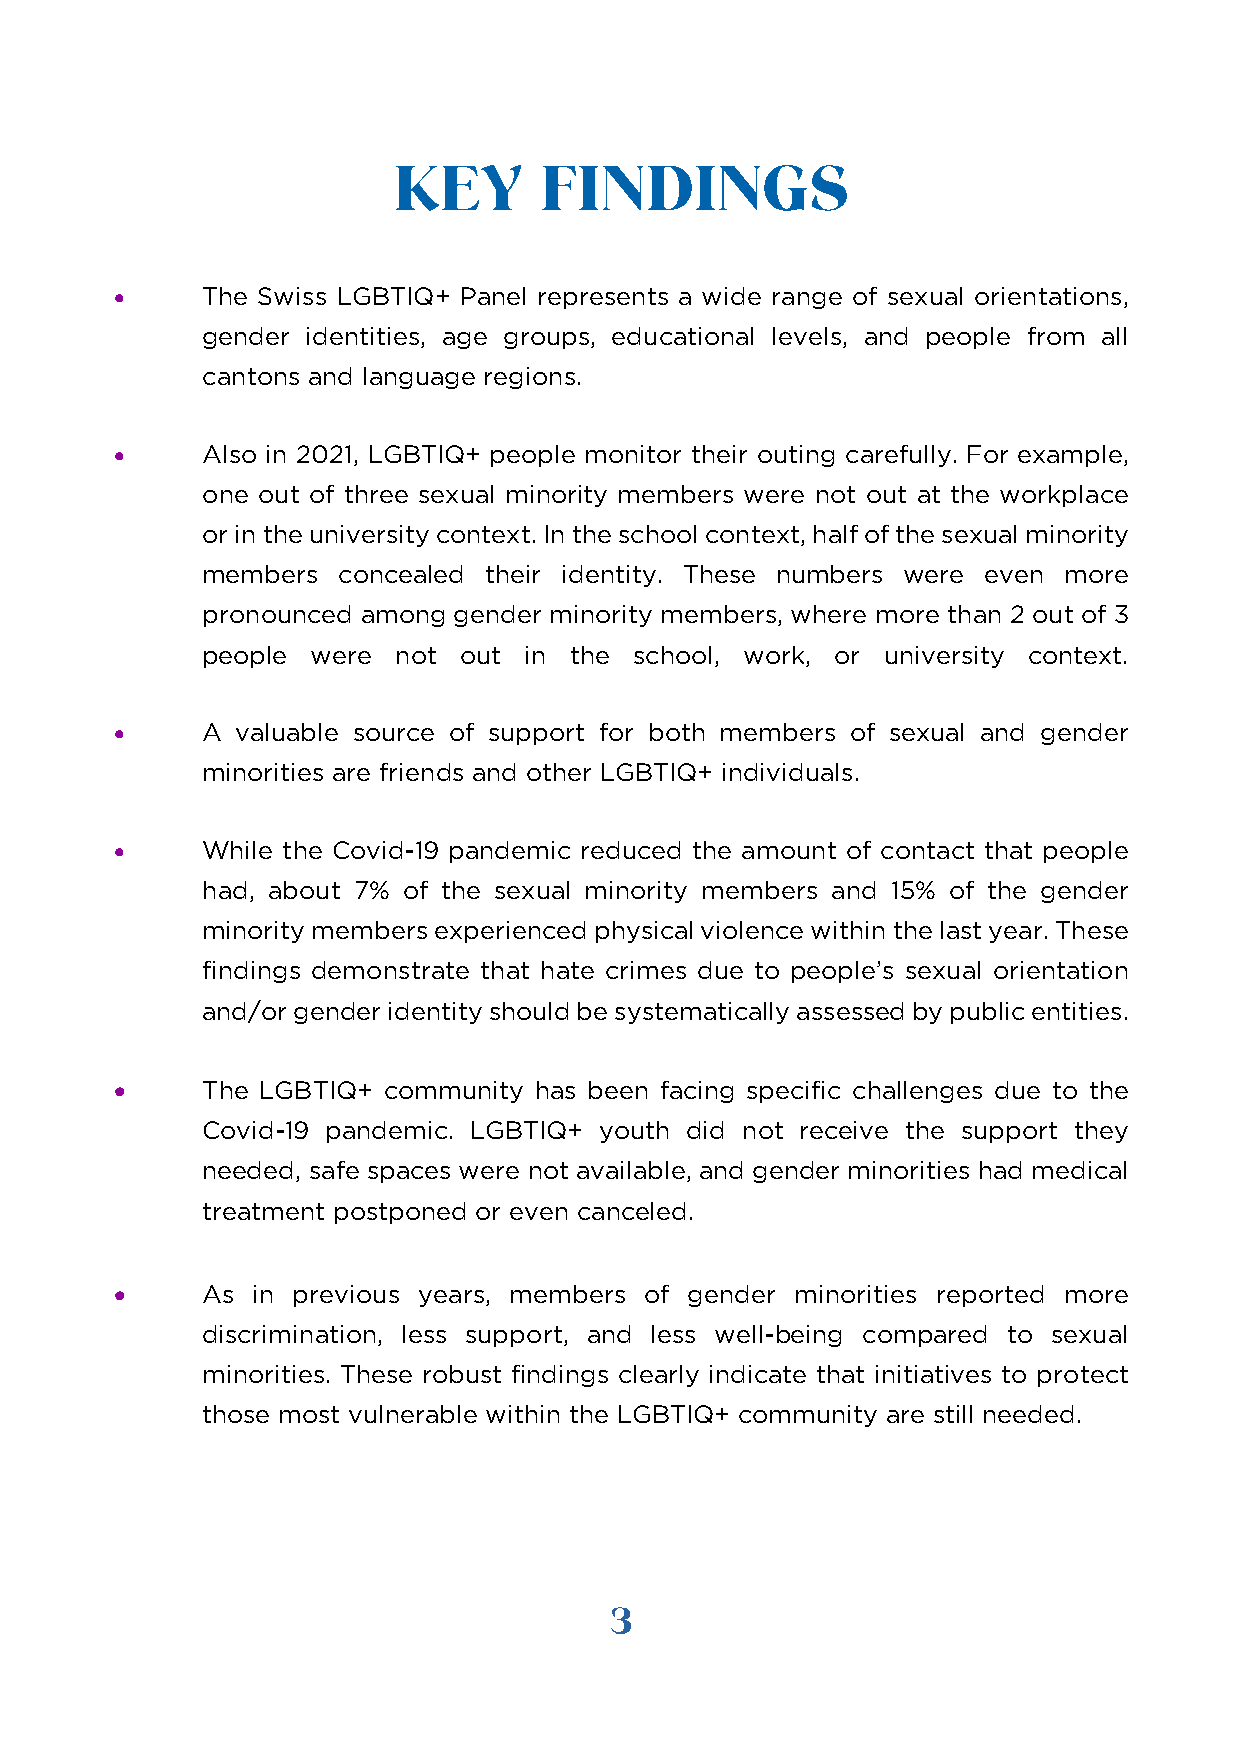
KEY       FINDINGS
 •    The Swiss LGBTIQ+ Panel represents a wide range of sexual orientations,
 gender identities, age groups, educational levels, and people from all
 cantons and language regions.
 •    Also in 2021, LGBTIQ+ people monitor their outing carefully. For example,
 one out of three sexual minority members were not out at the workplace
 or in the university context. In the school context, half of the sexual minority
 members  concealed their identity. These numbers were even more
 pronounced among gender minority members, where more than 2 out of 3
 people  were not out  in the school, work, or university context.
 •    A  valuable source of support for both members of sexual and gender
 minorities are friends and other LGBTIQ+ individuals.
 •    While the Covid-19 pandemic reduced the amount of contact that people
 had, about 7% of the sexual minority members and 15% of the gender
 minority members experienced physical violence within the last year. These
 findings demonstrate that hate crimes due to people’s sexual orientation
 and/or gender identity should be systematically assessed by public entities.
 •    The LGBTIQ+ community has been facing specific challenges due to the
 Covid-19 pandemic. LGBTIQ+ youth did not receive the support they
 needed, safe spaces were not available, and gender minorities had medical
 treatment postponed or even canceled.
 •    As  in previous years, members of gender minorities reported more
 discrimination, less support, and less well-being compared to sexual
 minorities. These robust findings clearly indicate that initiatives to protect
 those most vulnerable within the LGBTIQ+ community are still needed.
 3